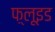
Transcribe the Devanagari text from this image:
फ़्लूइड